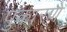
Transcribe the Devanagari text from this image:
पुकारणे